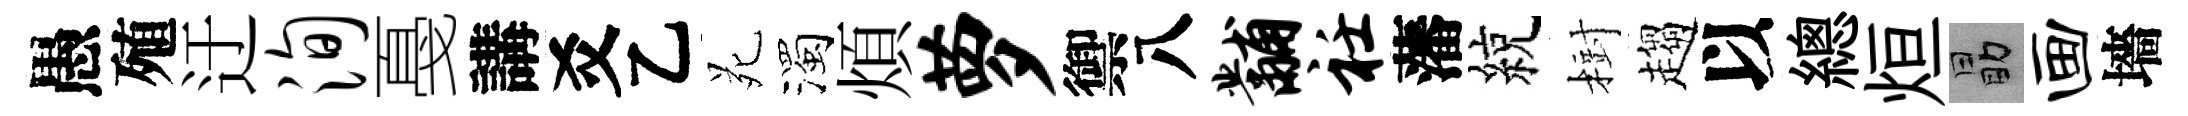
愚殖迂洵戞講爻乙苑濁煩萝禦八黼衽藩綂𣗳趨以總烜勗画墻